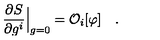
{ \frac { \partial S } { \partial g ^ { i } } } \Big | _ { g = 0 } = { \cal O } _ { i } [ \varphi ] \quad .